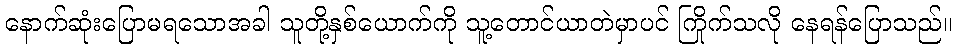
နောက်ဆုံးပြောမရသောအခါ သူတို့နှစ်ယောက်ကို သူ့တောင်ယာတဲမှာပင် ကြိုက်သလို နေရန်ပြောသည်။